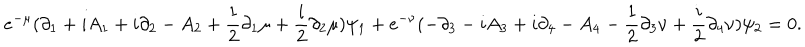
LaTeX: e ^ { - \mu } ( \partial _ { 1 } + i A _ { 1 } + i \partial _ { 2 } - A _ { 2 } + { \frac { 1 } { 2 } } \partial _ { 1 } \mu + { \frac { i } { 2 } } \partial _ { 2 } \mu ) \psi _ { 1 } + e ^ { - \nu } ( - \partial _ { 3 } - i A _ { 3 } + i \partial _ { 4 } - A _ { 4 } - { \frac { 1 } { 2 } } \partial _ { 3 } \nu + { \frac { i } { 2 } } \partial _ { 4 } \nu ) \psi _ { 2 } = 0 .